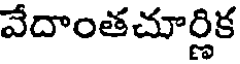
వేదాంతచూర్ణిక